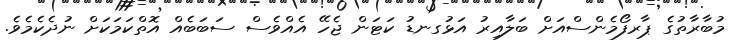
މުބާރާތުގެ ޕާރފޯމެންސްއަށް ބަލާއިރު އަޅުގނޑު ކަޓަން ޖެހޭ އެއްވެސް ސަބަބެއް އޮތްކަމަކަށް ނުދެކެމެވެ.